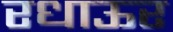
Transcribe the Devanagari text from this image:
रधाऊर